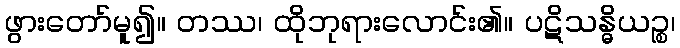
ဖွားတော်မူ၍။ တဿ၊ ထိုဘုရားလောင်း၏။ ပဋိသန္ဓိယဉ္စ၊